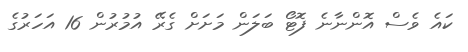
ކައެ ވެސް އޮންނާނެ ފޮޓޯ ބަލަން މަށަށް ގެރޭ އުމުރުން 16 އަހަރުގެ